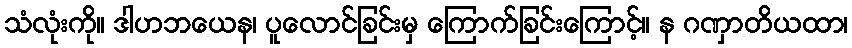
သံလုံးကို။ ဒါဟဘယေန၊ ပူလောင်ခြင်းမှ ကြောက်ခြင်းကြောင့်။ န ဂဏှာတိယထာ၊